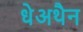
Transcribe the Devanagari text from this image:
धेअथैन